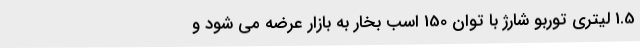
1.5 لیتری توربو شارژ با توان 150 اسب بخار به بازار عرضه می شود و